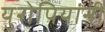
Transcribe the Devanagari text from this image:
युरोपियांनी